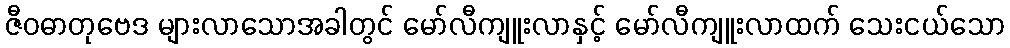
ဇီဝဓာတုဗေဒ များလာသောအခါတွင် မော်လီကျူးလာနှင့် မော်လီကျူးလာထက် သေးငယ်သော